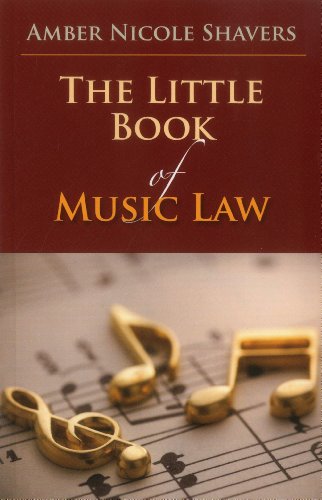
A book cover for The Little Book of Music Law (ABA Little Books Series); Amber Nicole Shavers; Law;